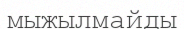
мыжылмайды